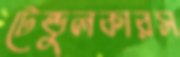
টেন্ডুলকারস